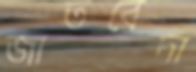
জাতবেদা